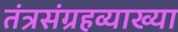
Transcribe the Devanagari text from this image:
तंत्रसंग्रहव्याख्या